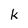
Character: k